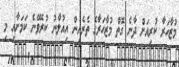
މުޒާހަރާ ކުރިއަށް ދާނެ ގޮތް މުޒާހަރާގެ ތެރެއިން އިއުލާނު ކުރެވޭނެ ކަމަށާއި މި